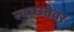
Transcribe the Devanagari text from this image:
स्वच्छतेवर